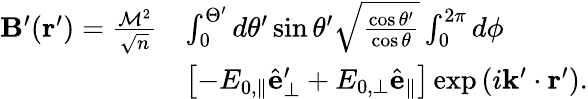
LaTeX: \begin{array}{rl}{\mathbf{B}^{\prime}(\mathbf{r}^{\prime})=\frac{\mathcal{M}^{2}}{\sqrt{n}}}&{\int_{0}^{\Theta^{\prime}}d\theta^{\prime}\sin\theta^{\prime}\sqrt{\frac{\cos\theta^{\prime}}{\cos\theta}}\int_{0}^{2\pi}d\phi}\\ &{\left[-E_{0,\parallel}\hat{\mathbf{e}}_{\perp}^{\prime}+E_{0,\perp}\hat{\mathbf{e}}_{\parallel}\right]\exp\left(i\mathbf{k}^{\prime}\cdot\mathbf{r}^{\prime}\right).}\end{array}